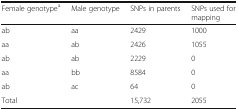
| Female genotypea | Male genotype | SNPs in parents | SNPs used for mapping |
 | --- | --- | --- | --- |
 | ab | aa | 2429 | 1000 |
 | aa | ab | 2426 | 1055 |
 | ab | ab | 2229 | 0 |
 | aa | bb | 8584 | 0 |
 | ab | ac | 64 | 0 |
 | <COLSPAN=2> Total | 15,732 | 2055 |